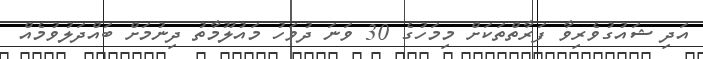
އަދި ޝައުގުވެރިވާ ފަރާތްތަކަށް މިމަހުގެ 30 ވަނަ ދުވަހު މައުލޫމާތު ދިނުމަށް ބައްދަލުވުމެއް